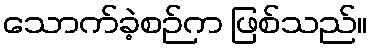
သောက်ခဲ့စဉ်က ဖြစ်သည်။